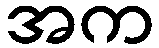
အက